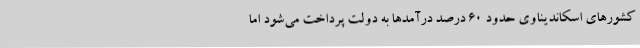
کشورهای اسکاندیناوی حدود 60 درصد درآمدها به دولت پرداخت می‌شود اما